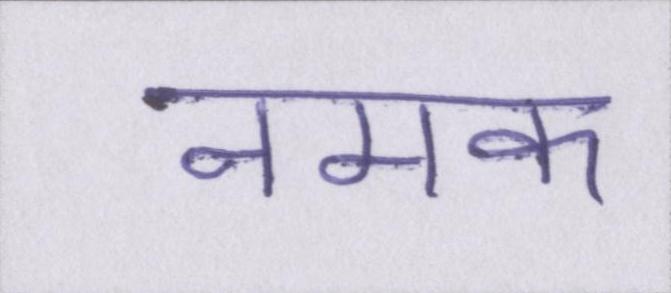
नमक